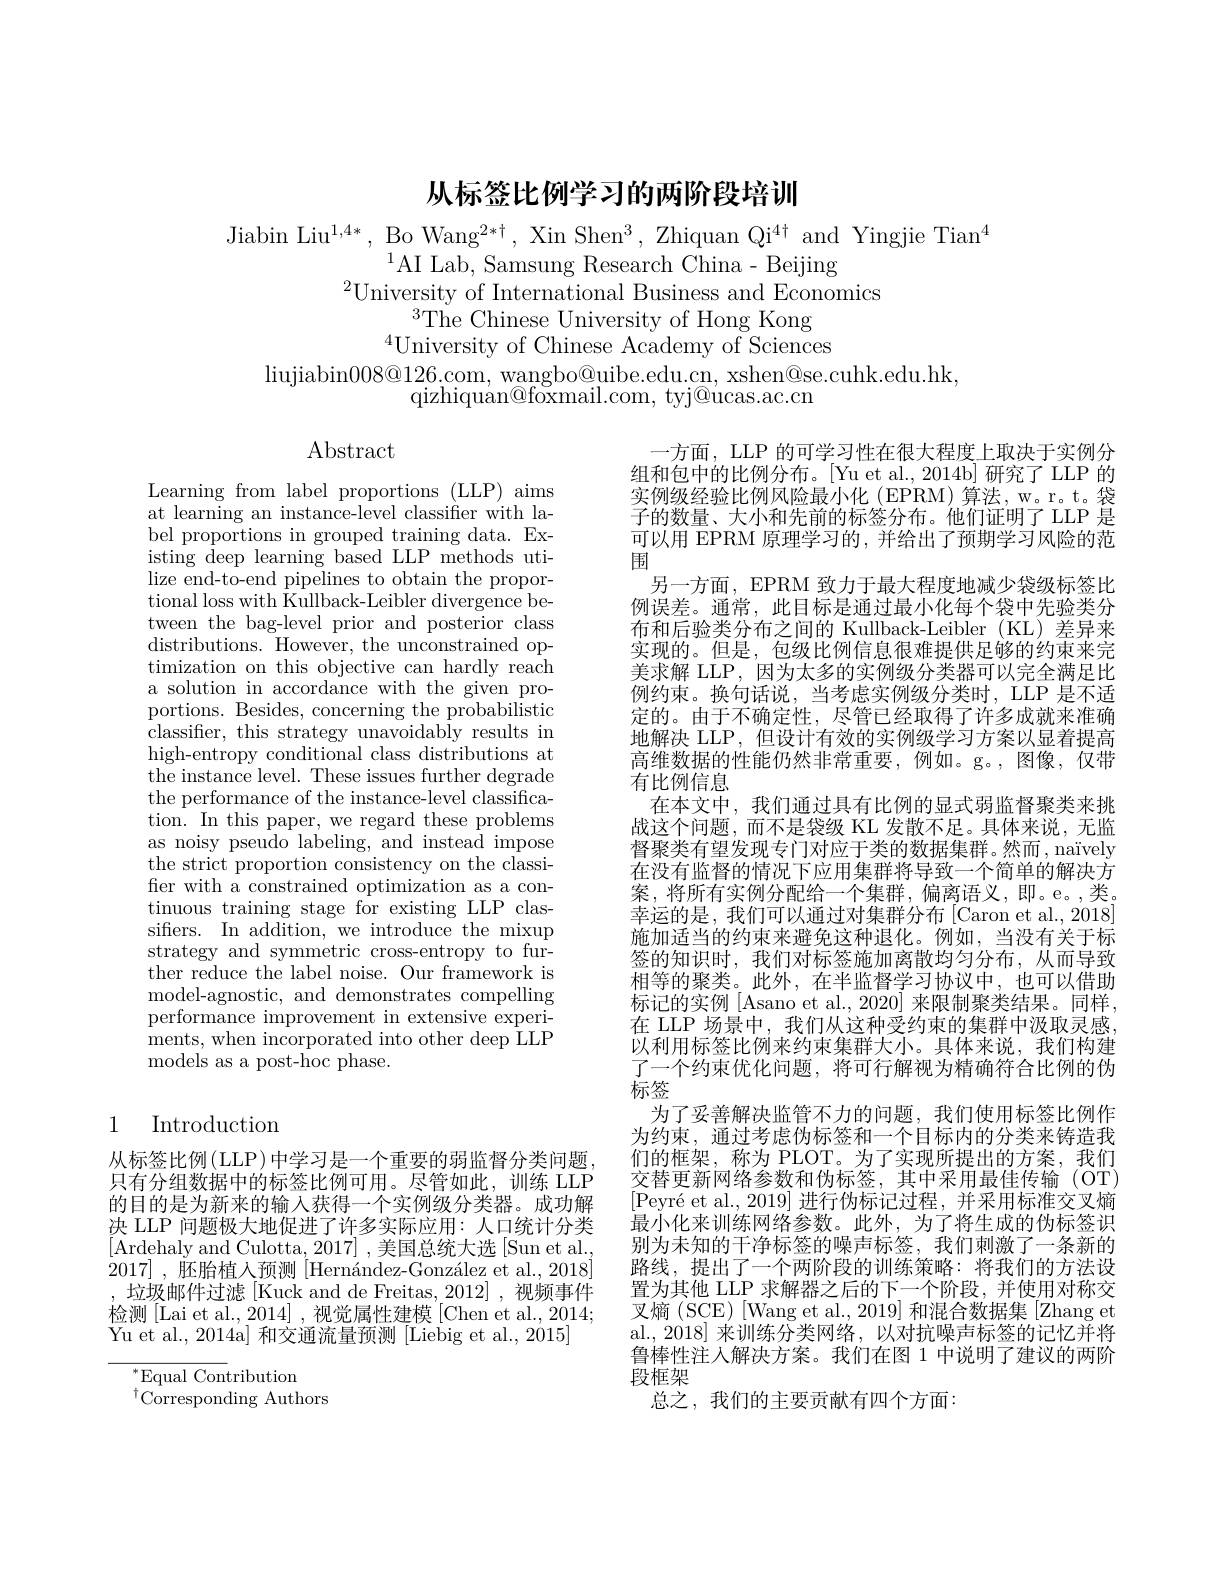
# 从标签比例学习的两阶段培训

Jiabin Liu$^1,4*$, Bo Wang$^2*\dagger$, Xin Shen$^3$, Zhiquan Qi$^4\dagger$ and Yingjie Tian$^4$
$^{1}$AI Lab, Samsung Research China- Beijing
$^{2}$University of International Business and Economics
The Chinese University of Hong Kong $^{4}$University of Chinese Academy of Sciences
liujiabin008@ 126. com, wangbo@ uibe. edu. cn, xshen@ se. cuhk. edu. hk,
qizhiquan@foxmail.com, tyj@ucas.ac.cn

Abstract

Learning from label proportions (LLP) aims at learning an instance-level classifer with label proportions in grouped training data. Existing deep learning based LLP methods utilize end-to-end pipelines to obtain the proportional loss with Kullback-Leibler divergence between the bag-level prior and posterior class distributions. However, the unconstrained optimization on this objective can hardly reach a solution in accordance with the given proportions. Besides, concerning the probabilistic classifer, this strategy unavoidably results in high-entropy conditional class distributions at the instance level. These issues further degrade the performance of the instance-level classification. In this paper, we regard these problems as noisy pseudo labeling, and instead impose the strict proportion consistency on the classifer with a constrained optimization as a continuous training stage for existing LLP classifers. In addition, we introduce the mixup strategy and symmetric cross-entropy to further reduce the label noise. Our framework is model-agnostic, and demonstrates compelling performance improvement in extensive experi- ${\mathrm{ments,when~incorporated~into~other~deep~}}{\mathrm{LLP}}$ models as a post-hoc phase.

一方面，LLP 的可学习性在很大程度上取决于实例分组和包中的比例分布。[Yu et al.,2014b] 研究了 LLP 的实例级经验比例风险最小化(EPRM)算法，w。r,t。袋子的数量、大小和先前的标签分布。他们证明了 LLP 是可以用 EPRM 原理学习的，并给出了预期学习风险的范围
另一方面，EPRM 致力于最大程度地减少袋级标签比例误差。通常，此目标是通过最小化每个袋中先验类分布和后验类分布之间的 Kullback-Leibler(KL)差异来实现的。但是，包级比例信息很难提供足够的约束来完美求解 LLP,因为太多的实例级分类器可以完全满足比例约束。换句话说，当考虑实例级分类时，LLP 是不适定的。由于不确定性，尽管已经取得了许多成就来准确地解决 LLP, 但设计有效的实例级学习方案以显着提高高维数据的性能仍然非常重要，例如。g。,图像，仅带有比例信息
在本文中，我们通过具有比例的显式弱监督聚类来挑战这个问题，而不是袋级 KL 发散不足。具体来说，无监督聚类有望发现专门对应于类的数据集群。然而，naïvely 在没有监督的情况下应用集群将导致一个简单的解决方案，将所有实例分配给一个集群，偏离语义，即。e。,类。幸运的是，我们可以通过对集群分布[Caron et al.,2018施加适当的约束来避免这种退化。例如，当没有关于标签的知识时，我们对标签施加离散均匀分布，从而导致相等的聚类。此外，在半监督学习协议中，也可以借助标记的实例 [Asano et al., 2020] 来限制聚类结果。同样， 在 LLP 场景中，我们从这种受约束的集群中汲取灵感， 以利用标签比例来约束集群大小。具体来说，我们构建了一个约束优化问题，将可行解视为精确符合比例的伪标签
为了妥善解决监管不力的问题，我们使用标签比例作为约束，通过考虑伪标签和一个目标内的分类来铸造我们的框架，称为 PLOT。为了实现所提出的方案，我们交替更新网络参数和伪标签，其中采用最佳传输(OT) $[ \text{Peyr\' {e}etal. , 2019] 进 行 伪 标 记 过 程 , 并 采 用 标 准 交 叉 熵 }$ 最小化来训练网络参数。此外，为了将生成的伪标签识别为未知的干净标签的噪声标签，我们刺激了一条新的路线，提出了一个两阶段的训练策略：将我们的方法设置为其他 LLP 求解器之后的下一个阶段，并使用对称交叉熵(SCE)[Wang et al.,2019]和混合数据集[Zhang et al., 2018] 来训练分类网络，以对抗噪声标签的记忆并将鲁棒性注入解决方案。我们在图 1 中说明了建议的两阶段框架
总之，我们的主要贡献有四个方面：

## 1 Introduction

从标签比例$\left(\mathrm{LLP}\right)$中学习是一个重要的弱监督分类问题， 只有分组数据中的标签比例可用。尽管如此，训练 LLP 的目的是为新来的输入获得一个实例级分类器。成功解决 LLP 问题极大地促进了许多实际应用：人口统计分类[Ardehaly and Culotta, 2017] , 美国总统大选[Sun et al., 2017] , 胚胎植人预测$[ \text{Hern\' {a}ndez- Gonz\' {a}lezetal. , 2018}]$ ,垃圾邮件过滤[Kuck and de Freitas,2012],视频事件检测[Lai et al., 2014] , 视觉属性建模 [Chen et al., 2014; Yu et al., 2014a] 和交通流量预测 [Liebig et al., 2015]

${}^{*}{\mathrm{Equal~Contribution}}$
$^{\dagger}\overset{\dagger}{\operatorname*{\operatorname*{Corresponding~Authors}}}$